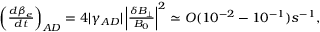
\begin{array} { r } { \left( \frac { d \beta _ { e } } { d t } \right) _ { A D } = 4 \lvert \gamma _ { A D } \rvert \left\lvert \frac { \delta B _ { \perp } } { B _ { 0 } } \right\rvert ^ { 2 } \simeq O ( 1 0 ^ { - 2 } - 1 0 ^ { - 1 } ) s ^ { - 1 } , } \end{array}